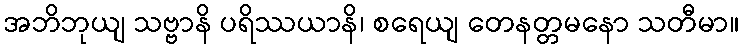
အဘိဘုယျ သဗ္ဗာနိ ပရိဿယာနိ၊ စရေယျ တေနတ္တမနော သတီမာ။